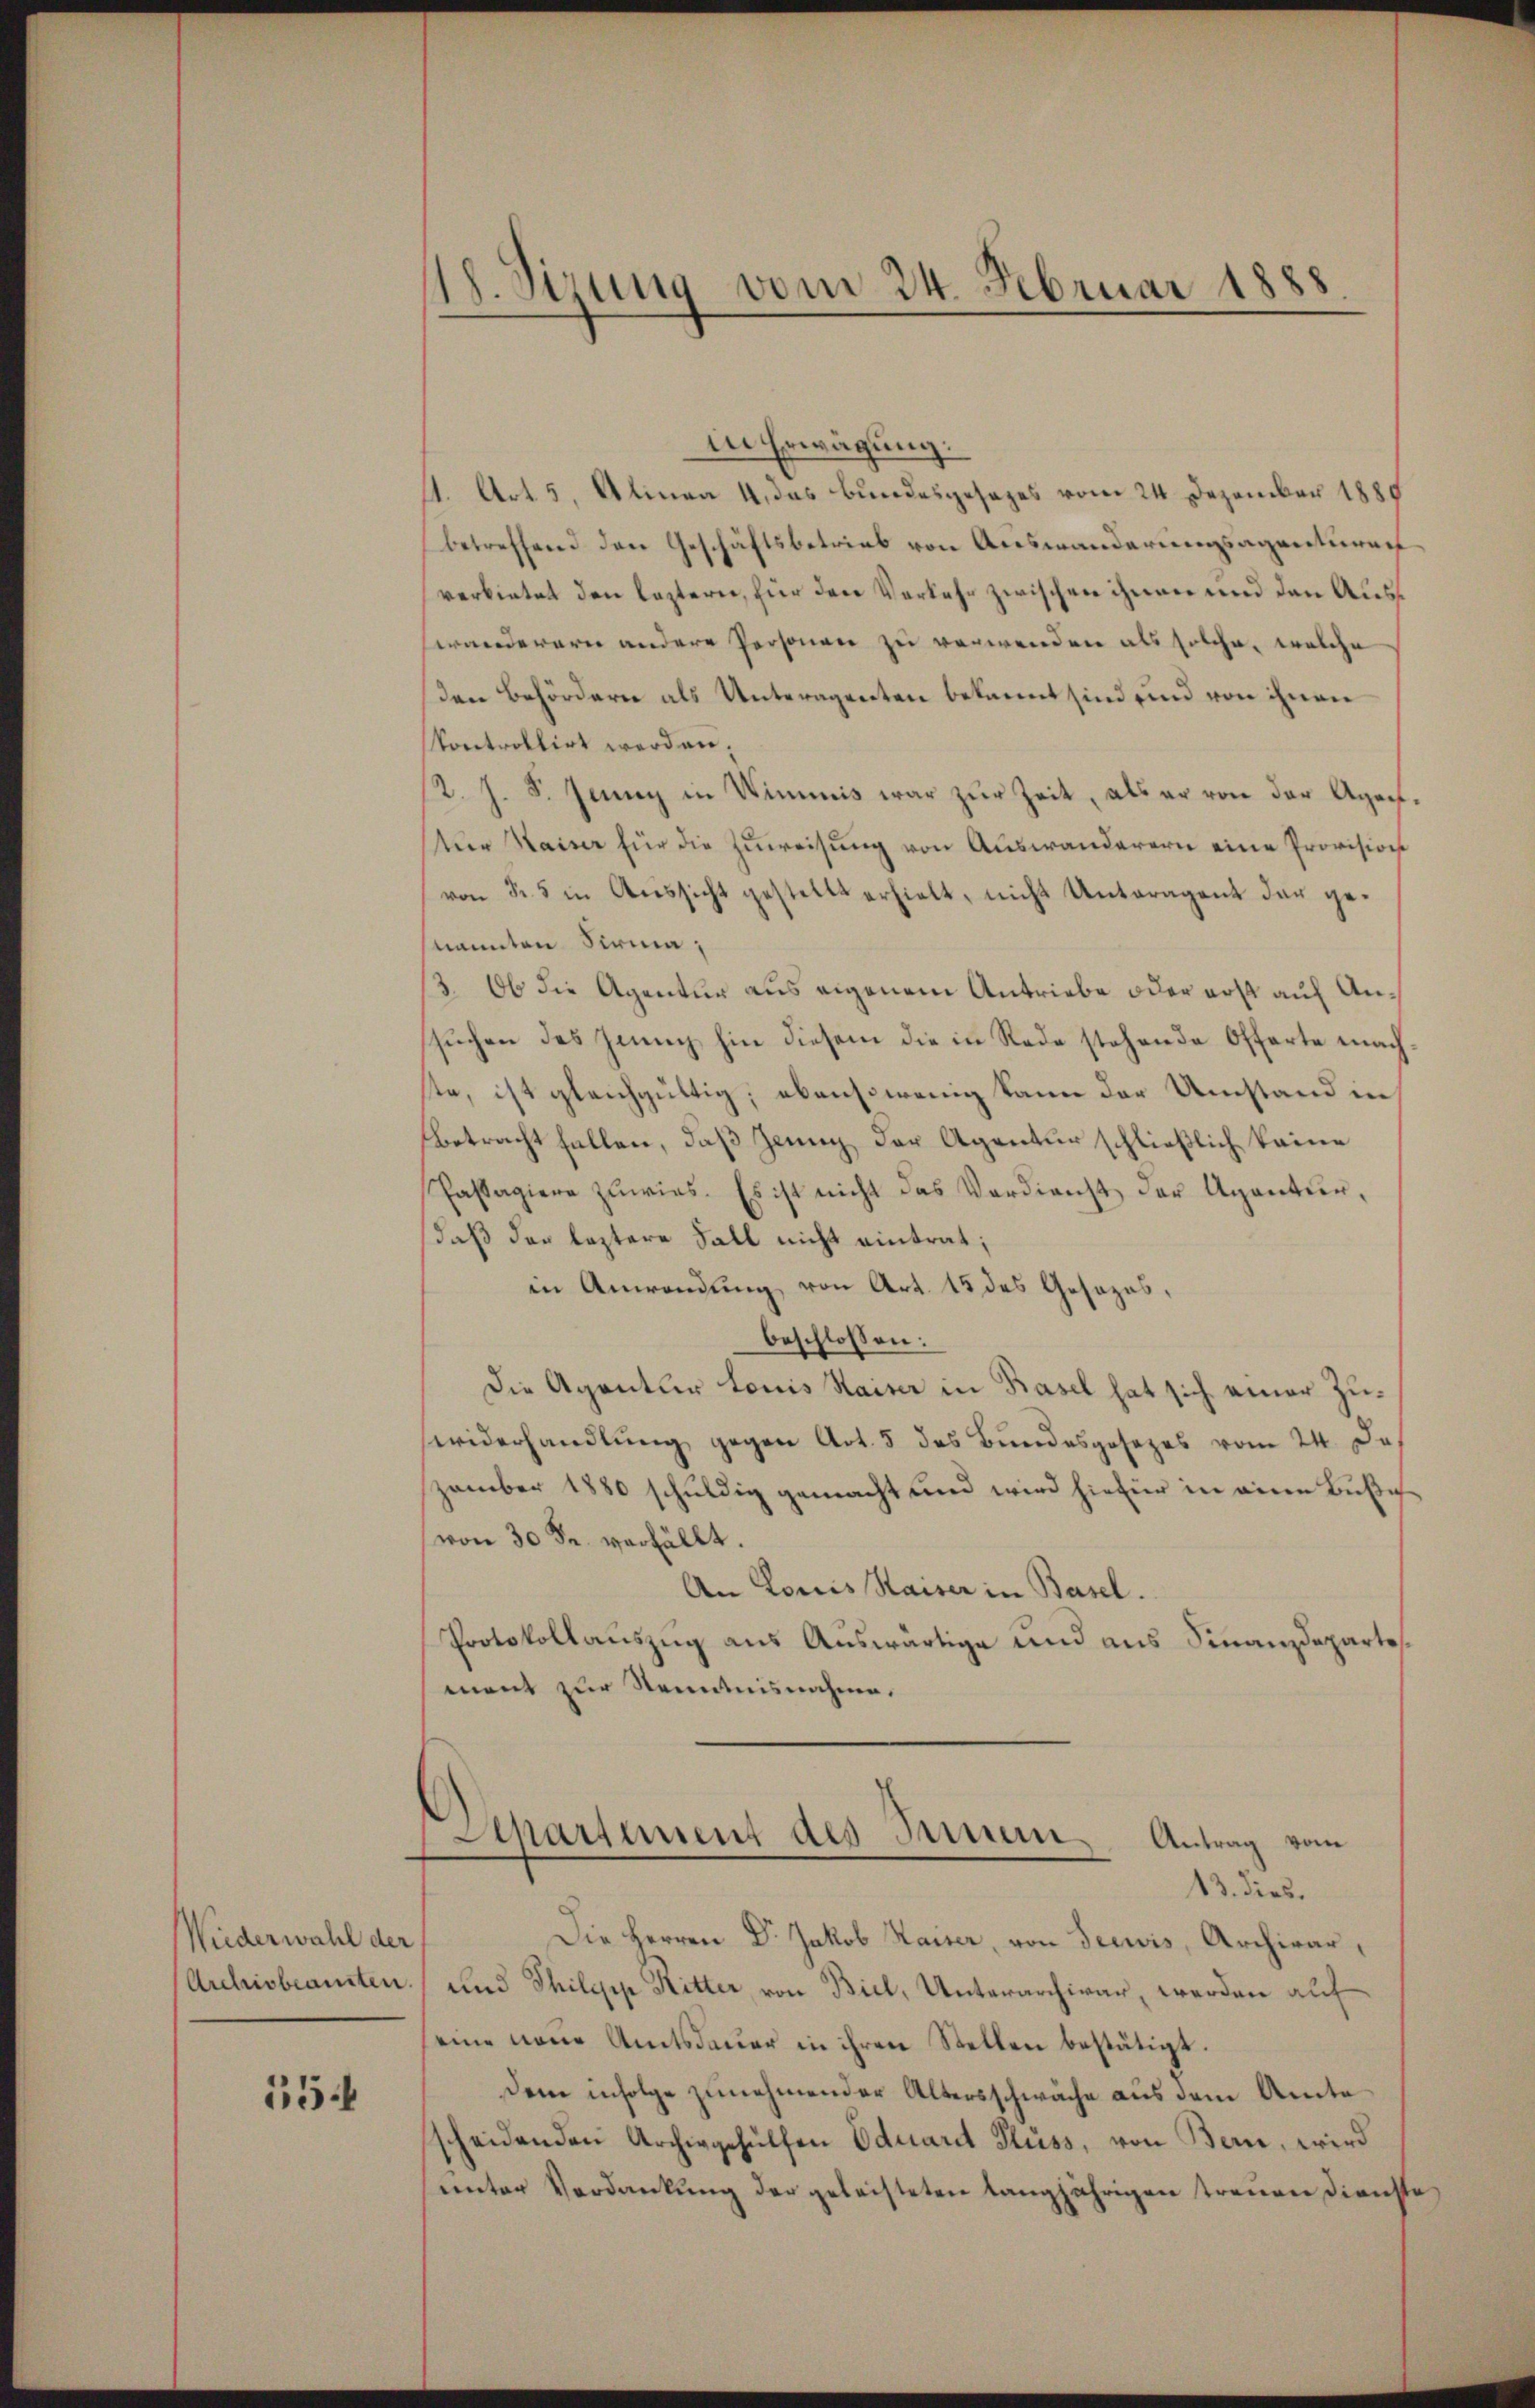
Wiederwahl der
Archisbeamten.

55.

1. Sizung vom 24. Februar 1888

in Erwägung.
11. Art. 5, Alinea 4. das Bundesgesezes vom 24. Dezember 1885
betreffend den Geschäftsbetrieb von Auswanderungsagentura
verbietet den leztern, für den Verkehr zwischen ihnen und den Auswanderern andere Personen zu verwenden als solche, welche
den Behördern als Unteragenten bekannt sind und von ihnen
kontrollirt werden.
2. J. S. Jenny in Wimmis war zur Zeit, als er von der Agen¬
Nur Kaiser für die Zuweisung von Auswanderern eine Provision
von 35 in Aussicht gestellt erhielt, nicht Unteragen der genannten Sirna;
13. Ob die Agentur aus eigenem Antriebe oder erst auf Ansuchen des Jenny hin diesem die in Rede stehende Offerte nachte, ist gleichgültig; ebensowenig kann der Umstand in
betracht fallen, daß Jeung der Agentur schließlich keine
Passagiere zuwies. Es ist nicht das Verdienst der Agantur,
daß der leztere Fall nicht eintrat;
in Anwendung von Art. 15 des Gesezes,
beschlossen:
Die Agentur Louis Haiser in Basel hat sich einer Zuwiderhandlung gegen Art. 5 des Bundesgesezes vom 24. De
zember 1880 schuldig gemacht und wird hiefür in eine Bußevon 30 Fr. verfällt.
An Louis Kaiser in Basel.
Protokollauszug aus Auswärtige und aus Finanzdepartes
ment zur Kenntnisnahme.
Departement des Seiner Antrag vom
13. dies.
Die Herren Dr. Jakob Kaiser, von Seewis, Archivar,
und Philip Ritter, von Biel, Unterarchivar, werden auf
eine neue Amtsdauer in ihren Stellen bestätigt.
Dem infolge zunehmender Altersschwäche aus dem Amte
scheidenden Archivgehülfen Eduard Fluss, von Bern, wird
unter Verdankung der geleisteten langjährigen treuen Dienste